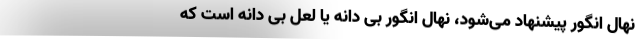
نهال انگور پیشنهاد می‌شود، نهال انگور بی دانه یا لعل بی دانه است که